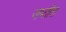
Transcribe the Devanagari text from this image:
जप्तीत